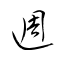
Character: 週